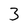
Character: 3